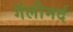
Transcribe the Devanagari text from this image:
गॅलीमर्द